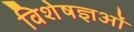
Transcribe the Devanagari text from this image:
विशेषज्ञओं